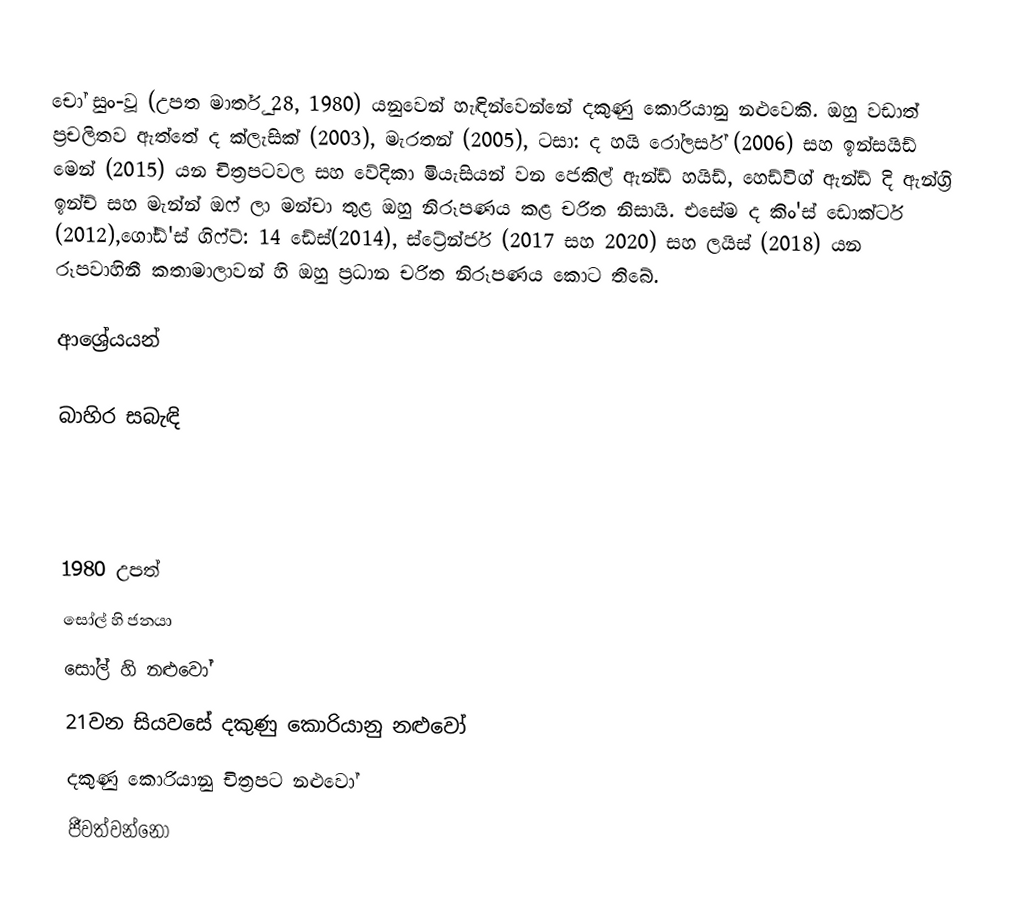
චෝ සුං-වූ (උපත මාර්තු 28, 1980) යනුවෙන් හැඳින්වෙන්නේ දකුණු කොරියානු නළුවෙකි. ඔහු වඩාත් ප්‍රචලිතව ඇත්තේ  ද ක්ලැසික් (2003), මැරතන් (2005), ටසා: ද හයි රෝලර්ස් (2006) සහ ඉන්සයිඩ් මෙන් (2015) ‍යන චිත්‍රපටවල සහ වේදිකා මියැසියන් වන ජෙකිල් ඇන්ඩ් හයිඩ්, හෙඩ්විග් ඇන්ඩ් දි ඇන්ග්‍රි ඉන්ච් සහ මැන්න් ඔෆ් ලා මන්චා තුළ ඔහු නිරූපණය කළ චරිත නිසායි. එසේම ද කිං'ස් ඩොක්ටර් (2012),ගෝඩ්'ස් ගිෆ්ට්: 14 ඩේස්(2014), ස්ට්‍රේන්ජර් (2017 සහ 2020) සහ ලයිස් (2018) යන රූපවාහිනී කතාමාලාවන් හි ඔහු ප්‍රධාන චරිත නිරූපණය කොට තිබේ.

ආශ්‍රේයයන්

බාහිර සබැඳි

1980 උපත්
සෝල් හි ජනයා
සෝල් හි නළුවෝ
21වන සියවසේ දකුණු කොරියානු නළුවෝ
දකුණු කොරියානු චිත්‍රපට නළුවෝ
ජීවත්වන්නෝ